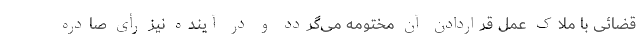
قضائی با ملاک عمل قراردادن آن مختومه می‌گردد و در آینده نیز رأی صادره